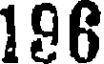
196